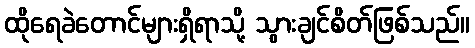
ထိုရေခဲတောင်များရှိရာသို့ သွားချင်စိတ်ဖြစ်သည်။